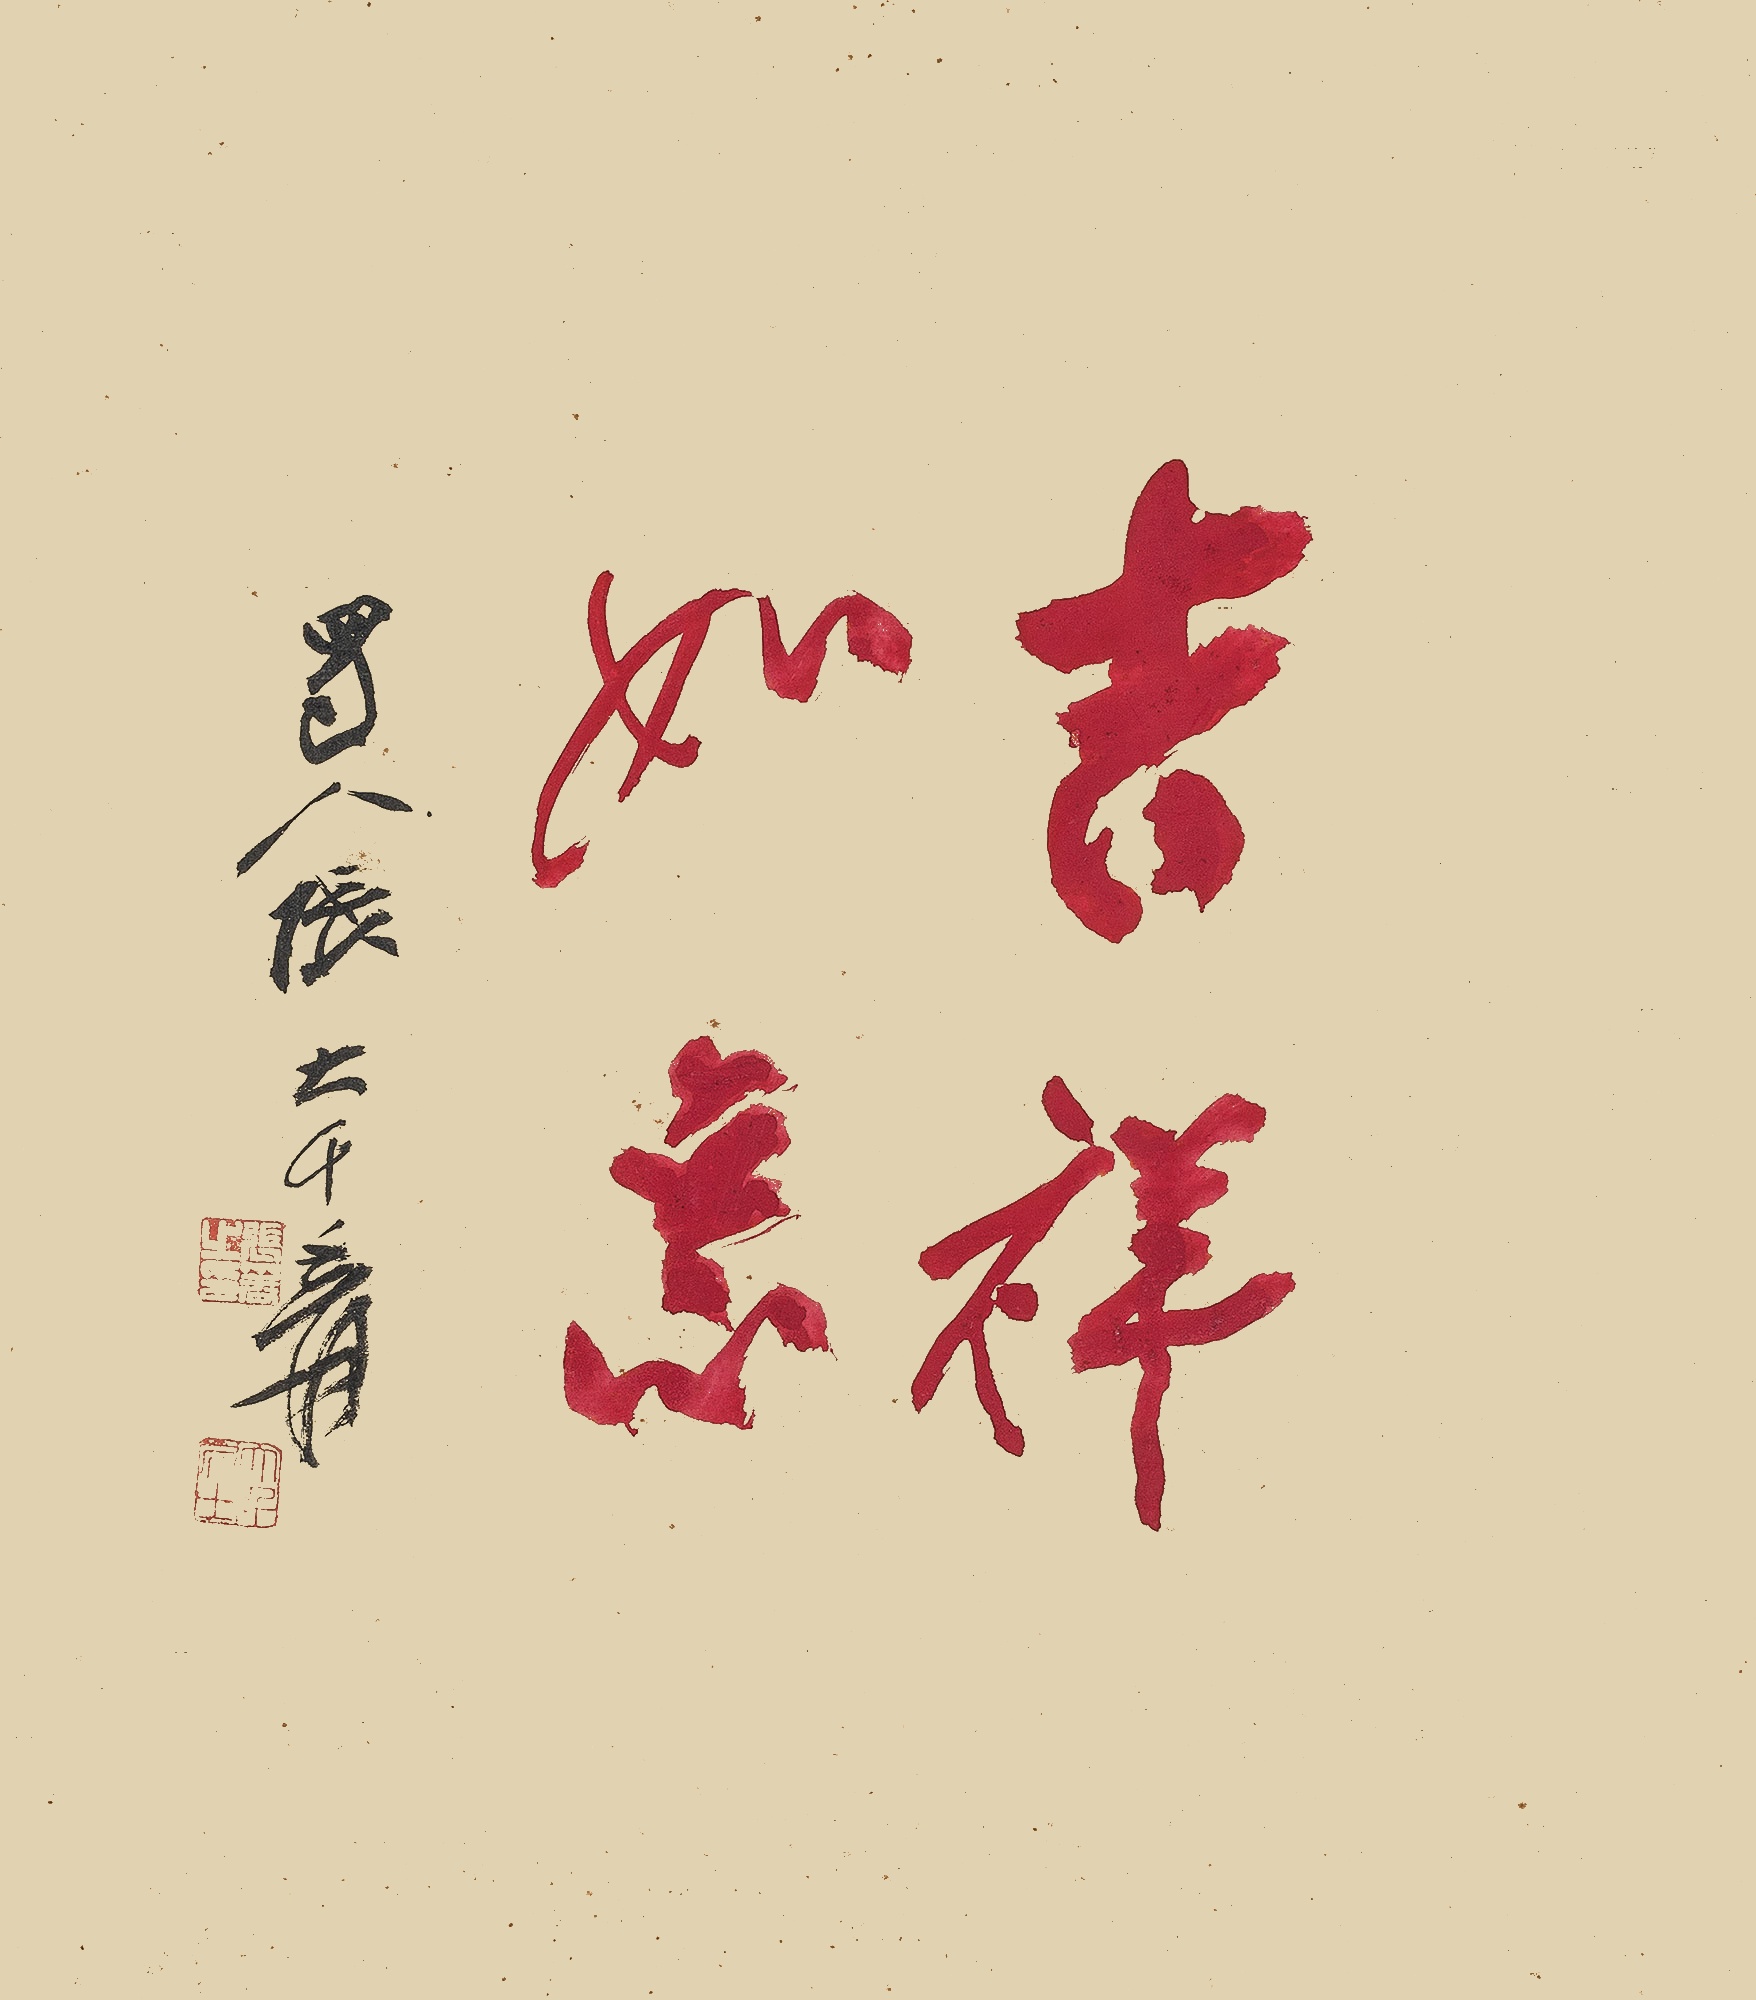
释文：吉祥如意蜀人张大千爰。